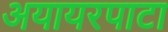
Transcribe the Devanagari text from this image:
अयायरपाटा